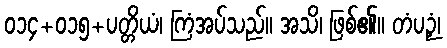
၀၁၄+၀၁၅+ပတ္တိယံ၊ ကြံအပ်သည်။ အသိ၊ ဖြစ်၏။ တံပဉှံ၊